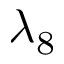
\lambda _ { 8 }